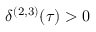
\delta ^ { ( 2 , 3 ) } ( \tau ) > 0